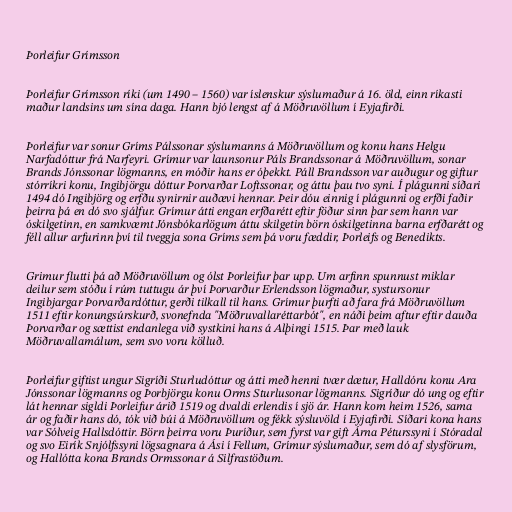
Þorleifur Grímsson

Þorleifur Grímsson ríki (um 1490 – 1560) var íslenskur sýslumaður á 16. öld, einn ríkasti
maður landsins um sína daga. Hann bjó lengst af á Möðruvöllum í Eyjafirði.

Þorleifur var sonur Gríms Pálssonar sýslumanns á Möðruvöllum og konu hans Helgu
Narfadóttur frá Narfeyri. Grímur var launsonur Páls Brandssonar á Möðruvöllum, sonar
Brands Jónssonar lögmanns, en móðir hans er óþekkt. Páll Brandsson var auðugur og giftur
stórríkri konu, Ingibjörgu dóttur Þorvarðar Loftssonar, og áttu þau tvo syni. Í plágunni síðari
1494 dó Ingibjörg og erfðu synirnir auðævi hennar. Þeir dóu einnig í plágunni og erfði faðir
þeirra þá en dó svo sjálfur. Grímur átti engan erfðarétt eftir föður sinn þar sem hann var
óskilgetinn, en samkvæmt Jónsbókarlögum áttu skilgetin börn óskilgetinna barna erfðarétt og
féll allur arfurinn því til tveggja sona Gríms sem þá voru fæddir, Þorleifs og Benedikts.

Grimur flutti þá að Möðruvöllum og ólst Þorleifur þar upp. Um arfinn spunnust miklar
deilur sem stóðu í rúm tuttugu ár því Þorvarður Erlendsson lögmaður, systursonur
Ingibjargar Þorvarðardóttur, gerði tilkall til hans. Grímur þurfti að fara frá Möðruvöllum
1511 eftir konungsúrskurð, svonefnda "Möðruvallaréttarbót", en náði þeim aftur eftir dauða
Þorvarðar og sættist endanlega við systkini hans á Alþingi 1515. Þar með lauk
Möðruvallamálum, sem svo voru kölluð.

Þorleifur giftist ungur Sigríði Sturludóttur og átti með henni tvær dætur, Halldóru konu Ara
Jónssonar lögmanns og Þorbjörgu konu Orms Sturlusonar lögmanns. Sigríður dó ung og eftir
lát hennar sigldi Þorleifur árið 1519 og dvaldi erlendis í sjö ár. Hann kom heim 1526, sama
ár og faðir hans dó, tók við búi á Möðruvöllum og fékk sýsluvöld í Eyjafirði. Síðari kona hans
var Sólveig Hallsdóttir. Börn þeirra voru Þuríður, sem fyrst var gift Árna Péturssyni í Stóradal
og svo Eirík Snjólfssyni lögsagnara á Ási í Fellum, Grímur sýslumaður, sem dó af slysförum,
og Hallótta kona Brands Ormssonar á Silfrastöðum.